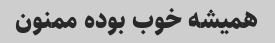
همیشه خوب بوده ممنون